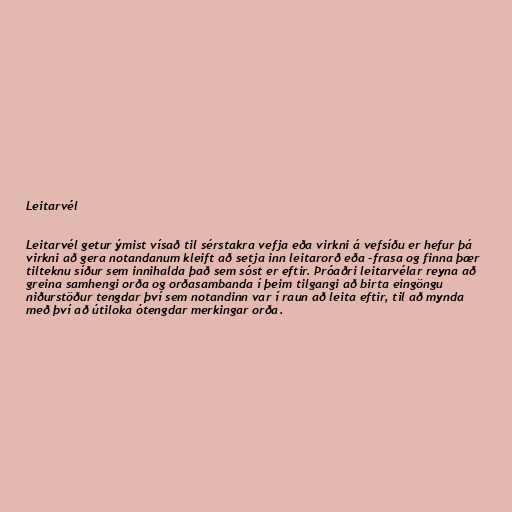
Leitarvél

Leitarvél getur ýmist vísað til sérstakra vefja eða virkni á vefsíðu er hefur þá
virkni að gera notandanum kleift að setja inn leitarorð eða -frasa og finna þær
tilteknu síður sem innihalda það sem sóst er eftir. Þróaðri leitarvélar reyna að
greina samhengi orða og orðasambanda í þeim tilgangi að birta eingöngu
niðurstöður tengdar því sem notandinn var í raun að leita eftir, til að mynda
með því að útiloka ótengdar merkingar orða.